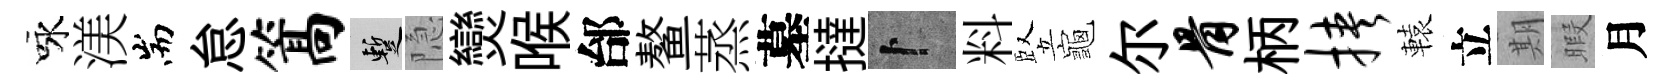
咏渼耑怠篙暫隐𤓖喉邰鳌蒸墓撻卜料竪龜尔骨柄挟轅立期暇月